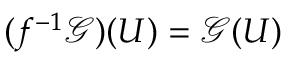
( f ^ { - 1 } { \mathcal { G } } ) ( U ) = { \mathcal { G } } ( U )